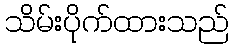
သိမ်းပိုက်ထားသည်